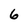
Character: 6